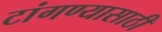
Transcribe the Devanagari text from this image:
टांगण्यासाठी